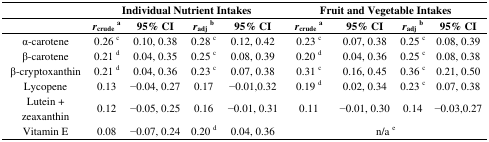
<table><thead><tr><td></td><td colspan="4"><b>Individual Nutrient Intakes</b></td><td colspan="4"><b>Fruit and Vegetable Intakes</b></td></tr><tr><td></td><td><b><i>r</i><sub>crude</sub><sup>a</sup></b></td><td><b>95% CI</b></td><td><b><i>r</i><sub>adj</sub><sup>b</sup></b></td><td><b>95% CI</b></td><td><b><i>r</i><sub>crude</sub><sup>a</sup></b></td><td><b>95% CI</b></td><td><b><i>r</i><sub>adj</sub><sup>b</sup></b></td><td><b>95% CI</b></td></tr></thead><tbody><tr><td>α-carotene</td><td>0.26 <sup>c</sup></td><td>0.10, 0.38</td><td>0.28 <sup>c</sup></td><td>0.12, 0.42</td><td>0.23 <sup>c</sup></td><td>0.07, 0.38</td><td>0.25 <sup>c</sup></td><td>0.08, 0.39</td></tr><tr><td>β-carotene</td><td>0.21 <sup>d</sup></td><td>0.04, 0.35</td><td>0.25 <sup>c</sup></td><td>0.08, 0.39</td><td>0.20 <sup>d</sup></td><td>0.04, 0.36</td><td>0.25 <sup>c</sup></td><td>0.08, 0.38</td></tr><tr><td>β-cryptoxanthin</td><td>0.21 <sup>d</sup></td><td>0.04, 0.36</td><td>0.23 <sup>c</sup></td><td>0.07, 0.38</td><td>0.31 <sup>c</sup></td><td>0.16, 0.45</td><td>0.36 <sup>c</sup></td><td>0.21, 0.50</td></tr><tr><td>Lycopene</td><td>0.13</td><td>−0.04, 0.27</td><td>0.17</td><td>−0.01,0.32</td><td>0.19 <sup>d</sup></td><td>0.02, 0.34</td><td>0.23 <sup>c</sup></td><td>0.07, 0.38</td></tr><tr><td>Lutein + zeaxanthin</td><td>0.12</td><td>−0.05, 0.25</td><td>0.16</td><td>−0.01, 0.31</td><td>0.11</td><td>−0.01, 0.30</td><td>0.14</td><td>−0.03,0.27</td></tr><tr><td>Vitamin E</td><td>0.08</td><td>−0.07, 0.24</td><td>0.20 <sup>d</sup></td><td>0.04, 0.36</td><td colspan="4">n/a <sup>e</sup></td></tr></tbody></table>